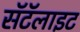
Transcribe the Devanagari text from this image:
सॅटॅलाइट